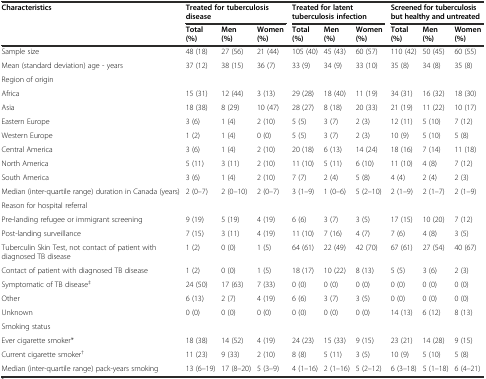
<table><thead><tr><td><b>Characteristics</b></td><td colspan="3"><b>Treated for tuberculosis disease</b></td><td colspan="3"><b>Treated for latent tuberculosis infection</b></td><td colspan="3"><b>Screened for tuberculosis but healthy and untreated</b></td></tr><tr><td></td><td><b>Total (%)</b></td><td><b>Men (%)</b></td><td><b>Women (%)</b></td><td><b>Total (%)</b></td><td><b>Men (%)</b></td><td><b>Women (%)</b></td><td><b>Total (%)</b></td><td><b>Men (%)</b></td><td><b>Women (%)</b></td></tr></thead><tbody><tr><td>Sample size</td><td>48 (18)</td><td>27 (56)</td><td>21 (44)</td><td>105 (40)</td><td>45 (43)</td><td>60 (57)</td><td>110 (42)</td><td>50 (45)</td><td>60 (55)</td></tr><tr><td>Mean (standard deviation) age - years</td><td>37 (12)</td><td>38 (15)</td><td>36 (7)</td><td>33 (9)</td><td>34 (9)</td><td>33 (10)</td><td>35 (8)</td><td>34 (8)</td><td>35 (8)</td></tr><tr><td>Region of origin</td><td></td><td></td><td></td><td></td><td></td><td></td><td></td><td></td><td></td></tr><tr><td>Africa</td><td>15 (31)</td><td>12 (44)</td><td>3 (13)</td><td>29 (28)</td><td>18 (40)</td><td>11 (19)</td><td>34 (31)</td><td>16 (32)</td><td>18 (30)</td></tr><tr><td>Asia</td><td>18 (38)</td><td>8 (29)</td><td>10 (47)</td><td>28 (27)</td><td>8 (18)</td><td>20 (33)</td><td>21 (19)</td><td>11 (22)</td><td>10 (17)</td></tr><tr><td>Eastern Europe</td><td>3 (6)</td><td>1 (4)</td><td>2 (10)</td><td>5 (5)</td><td>3 (7)</td><td>2 (3)</td><td>12 (11)</td><td>5 (10)</td><td>7 (12)</td></tr><tr><td>Western Europe</td><td>1 (2)</td><td>1 (4)</td><td>0 (0)</td><td>5 (5)</td><td>3 (7)</td><td>2 (3)</td><td>10 (9)</td><td>5 (10)</td><td>5 (8)</td></tr><tr><td>Central America</td><td>3 (6)</td><td>1 (4)</td><td>2 (10)</td><td>20 (18)</td><td>6 (13)</td><td>14 (24)</td><td>18 (16)</td><td>7 (14)</td><td>11 (18)</td></tr><tr><td>North America</td><td>5 (11)</td><td>3 (11)</td><td>2 (10)</td><td>11 (10)</td><td>5 (11)</td><td>6 (10)</td><td>11 (10)</td><td>4 (8)</td><td>7 (12)</td></tr><tr><td>South America</td><td>3 (6)</td><td>1 (4)</td><td>2 (10)</td><td>7 (7)</td><td>2 (4)</td><td>5 (8)</td><td>4 (4)</td><td>2 (4)</td><td>2 (3)</td></tr><tr><td>Median (inter-quartile range) duration in Canada (years)</td><td>2 (0–7)</td><td>2 (0–10)</td><td>2 (0–7)</td><td>3 (1–9)</td><td>1 (0–6)</td><td>5 (2–10)</td><td>2 (1–9)</td><td>2 (1–7)</td><td>2 (1–9)</td></tr><tr><td>Reason for hospital referral</td><td></td><td></td><td></td><td></td><td></td><td></td><td></td><td></td><td></td></tr><tr><td>Pre-landing refugee or immigrant screening</td><td>9 (19)</td><td>5 (19)</td><td>4 (19)</td><td>6 (6)</td><td>3 (7)</td><td>3 (5)</td><td>17 (15)</td><td>10 (20)</td><td>7 (12)</td></tr><tr><td>Post-landing surveillance</td><td>7 (15)</td><td>3 (11)</td><td>4 (19)</td><td>11 (10)</td><td>7 (16)</td><td>4 (7)</td><td>7 (6)</td><td>4 (8)</td><td>3 (5)</td></tr><tr><td>Tuberculin Skin Test, not contact of patient with diagnosed TB disease</td><td>1 (2)</td><td>0 (0)</td><td>1 (5)</td><td>64 (61)</td><td>22 (49)</td><td>42 (70)</td><td>67 (61)</td><td>27 (54)</td><td>40 (67)</td></tr><tr><td>Contact of patient with diagnosed TB disease</td><td>1 (2)</td><td>0 (0)</td><td>1 (5)</td><td>18 (17)</td><td>10 (22)</td><td>8 (13)</td><td>5 (5)</td><td>3 (6)</td><td>2 (3)</td></tr><tr><td>Symptomatic of TB disease<sup>‡</sup></td><td>24 (50)</td><td>17 (63)</td><td>7 (33)</td><td>0 (0)</td><td>0 (0)</td><td>0 (0)</td><td>0 (0)</td><td>0 (0)</td><td>0 (0)</td></tr><tr><td>Other</td><td>6 (13)</td><td>2 (7)</td><td>4 (19)</td><td>6 (6)</td><td>3 (7)</td><td>3 (5)</td><td>0 (0)</td><td>0 (0)</td><td>0 (0)</td></tr><tr><td>Unknown</td><td>0 (0)</td><td>0 (0)</td><td>0 (0)</td><td>0 (0)</td><td>0 (0)</td><td>0 (0)</td><td>14 (13)</td><td>6 (12)</td><td>8 (13)</td></tr><tr><td>Smoking status</td><td></td><td></td><td></td><td></td><td></td><td></td><td></td><td></td><td></td></tr><tr><td>Ever cigarette smoker*</td><td>18 (38)</td><td>14 (52)</td><td>4 (19)</td><td>24 (23)</td><td>15 (33)</td><td>9 (15)</td><td>23 (21)</td><td>14 (28)</td><td>9 (15)</td></tr><tr><td>Current cigarette smoker<sup>†</sup></td><td>11 (23)</td><td>9 (33)</td><td>2 (10)</td><td>8 (8)</td><td>5 (11)</td><td>3 (5)</td><td>10 (9)</td><td>5 (10)</td><td>5 (8)</td></tr><tr><td>Median (inter-quartile range) pack-years smoking</td><td>13 (6–19)</td><td>17 (8–20)</td><td>5 (3–9)</td><td>4 (1–16)</td><td>2 (1–16)</td><td>5 (2–12)</td><td>6 (3–18)</td><td>5 (1–18)</td><td>6 (4–21)</td></tr></tbody></table>